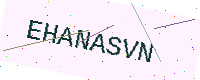
Text: EHANASVN